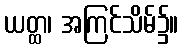
ယတ္ထ၊ အကြင်သိမ်၌။